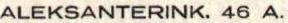
ALEKSANTERINK. 46 A.